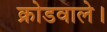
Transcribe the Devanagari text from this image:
क्रोडवाले।